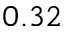
0 . 3 2